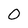
Character: 0